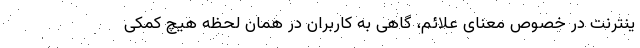
ینترنت در خصوص معنای علائم، گاهی به کاربران در همان لحظه هیچ کمکی